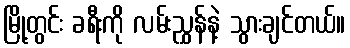
မြို့တွင်း ခရီးကို လမ်းညွှန်နဲ့ သွားချင်တယ်။